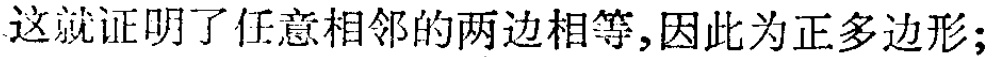
这就证明了任意相邻的两边相等,因此为正多边形;